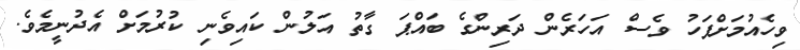
ވިހެއުމަށްފަހު ވެސް އަހަރެން ދަރިންގެ ބައްޕަ ގާތު އަލުން ކައިވެނި ކުރުމަށް އެދުނީމެވެ.